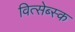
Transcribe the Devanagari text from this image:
वित्सेब्स्क